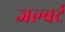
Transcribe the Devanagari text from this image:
जल्बर्ट